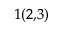
_ { 1 ( 2 , 3 ) }